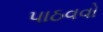
પાઠવવો